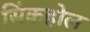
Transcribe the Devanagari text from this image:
सिंकहोल